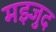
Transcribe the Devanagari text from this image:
मझ्जुद